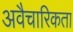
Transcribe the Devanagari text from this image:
अवैचारिकता